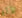
الأثر